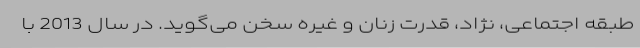
طبقه اجتماعی، نژاد، قدرت زنان و غیره سخن می‌گوید. در سال 2013 با